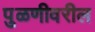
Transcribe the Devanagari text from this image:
पुळणीवरील